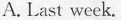
A. Last week.